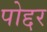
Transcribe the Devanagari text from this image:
पोद्दर